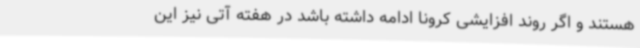
هستند و اگر روند افزایشی کرونا ادامه داشته باشد در هفته آتی نیز این